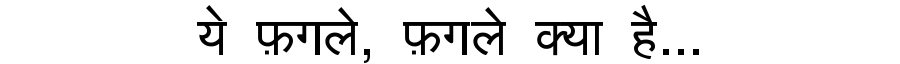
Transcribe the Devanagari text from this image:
ये फ़गले, फ़गले क्या है...